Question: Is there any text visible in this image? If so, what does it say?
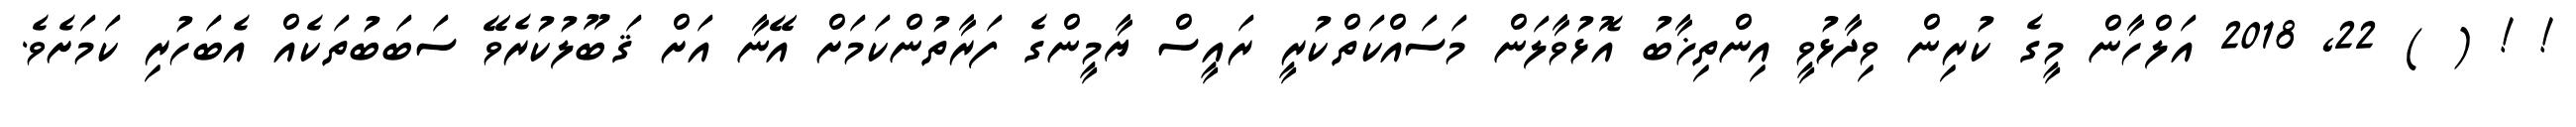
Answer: ! ! ( ) 22, 2018 އަލްހާން މީގެ ކުރިން ވިދާޅުވީ އިންތިޚާބު އޮޅުވާލަން މަސައްކަތްކުރީ ރައީސް ޔާމީންގެ ފަރާތުންކަމަށް އޭނާ އަށް ޤަބޫލުކުރެވޭ ސަބަބުތަކެއް އެބަހުރި ކަމަށެވެ.